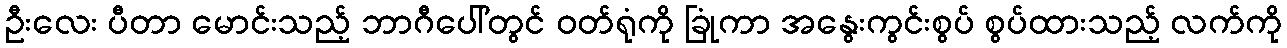
ဦးလေး ပီတာ မောင်းသည့် ဘာဂီပေါ်တွင် ဝတ်ရုံကို ခြုံကာ အနွေးကွင်းစွပ် စွပ်ထားသည့် လက်ကို